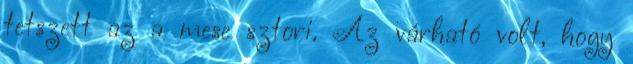
tetszett az a mese sztori. Az várható volt, hogy